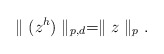
\begin{align*}\parallel(z^{h})\parallel_{p,d}=\parallel z\parallel_p.\end{align*}